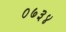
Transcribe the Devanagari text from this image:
०७३४